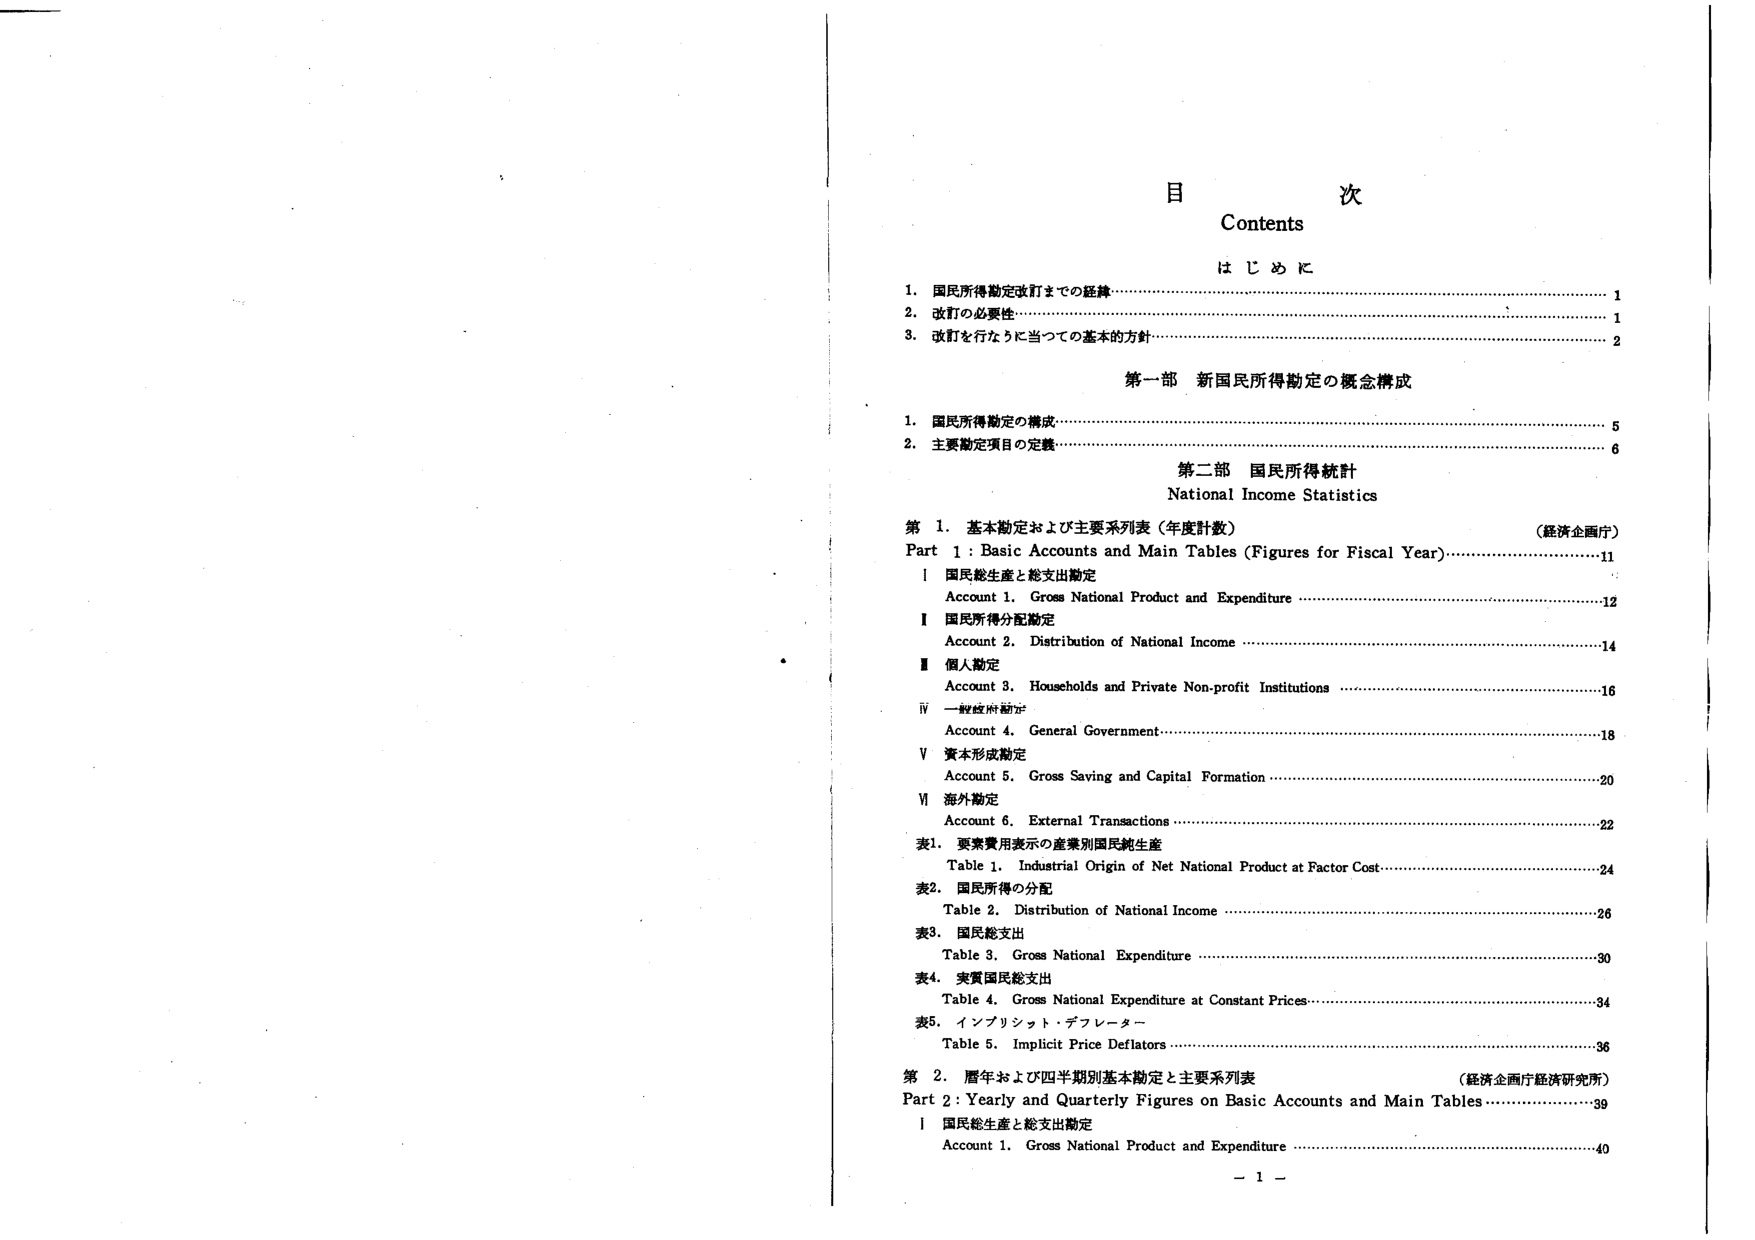
目 次
Contents
はじめに
1. 国民所得勘定改訂までの経緯……………………………………………………………1
2. 改訂の必要性………………………………………………………………………………1
3. 改訂を行なうに当っての基本の方針……………………………………………………2

第一部 新国民所得勘定の概念構成
1. 国民所得勘定の構成……………………………………………………………………5
2. 主要勘定項目の定義……………………………………………………………………6

第二部 国民所得統計
National Income Statistics

第1. 基本勘定および主要系列表（年度計数）
（経済企画庁）
Part 1: Basic Accounts and Main Tables (Figures for Fiscal Year)……………………11
Ⅰ 国民総生産と総支出勘定
Account 1. Gross National Product and Expenditure ……………………………………12
Ⅱ 国民所得分配勘定
Account 2. Distribution of National Income ……………………………………………14
Ⅲ 個人勘定
Account 3. Households and Private Non-profit Institutions …………………………16
Ⅳ 一般政府勘定
Account 4. General Government …………………………………………………………18
Ⅴ 資本形成勘定
Account 5. Gross Saving and Capital Formation ………………………………………20
Ⅵ 海外勘定
Account 6. External Transactions ………………………………………………………22
表1. 要素費用表示の産業別国民純生産
Table 1. Industrial Origin of Net National Product at Factor Cost ……………………24
表2. 国民所得の分配
Table 2. Distribution of National Income ………………………………………………26
表3. 国民総支出
Table 3. Gross National Expenditure ……………………………………………………30
表4. 実質国民総支出
Table 4. Gross National Expenditure at Constant Prices ………………………………34
表5. インフレシット・デフレーター
Table 5. Implicit Price Deflators ………………………………………………………36

第2. 暦年および四半期別基本勘定と主要系列表
（経済企画庁経済研究所）
Part 2: Yearly and Quarterly Figures on Basic Accounts and Main Tables …………39
Ⅰ 国民総生産と総支出勘定
Account 1. Gross National Product and Expenditure …………………………………40

－ 1 －